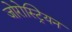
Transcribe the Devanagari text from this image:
जोरोस्ट्रियन